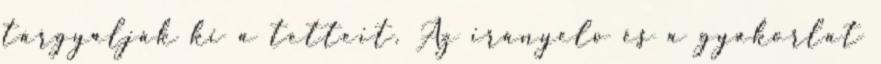
tárgyalják ki a tetteit. Az irányelv és a gyakorlat